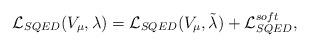
LaTeX: \begin{align*}{\cal L}_{SQED}(V_{\mu},\lambda)={\cal L}_{SQED}(V_{\mu}, \tilde\lambda) +{\cal L}_{SQED}^{soft},\end{align*}